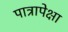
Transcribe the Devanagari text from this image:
पात्रापेक्षा